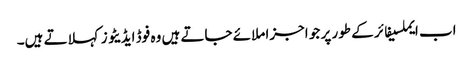
اب ایملسیفائر کے طور پر جو اجزا ملائے جاتے ہیں وہ فوڈ ایڈیٹو زکہلاتے ہیں۔